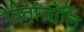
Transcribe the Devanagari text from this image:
गीतांजोलि